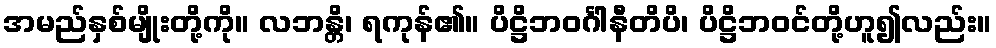
အမည်နှစ်မျိုးတို့ကို။ လဘန္တိ၊ ရကုန်၏။ ပိဋ္ဌိဘဝင်္ဂါနီတိပိ၊ ပိဋ္ဌိဘဝင်တို့ဟူ၍လည်း။